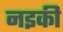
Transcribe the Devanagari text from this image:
नइकी